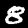
Label: 8